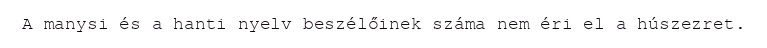
A manysi és a hanti nyelv beszélőinek száma nem éri el a húszezret.